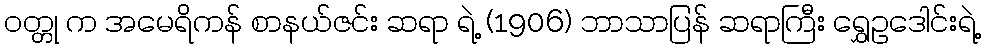
ဝတ္တု က အမေရိကန် စာနယ်ဇင်း ဆရာ ရဲ့ (1906) ဘာသာပြန် ဆရာကြီး ရွှေဥဒေါင်းရဲ့